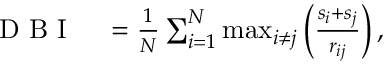
\begin{array} { r l } { \mathrm { ~ D ~ B ~ I ~ } } & { { } = \frac { 1 } { N } \sum _ { i = 1 } ^ { N } \operatorname* { m a x } _ { i \neq j } \left( \frac { s _ { i } + s _ { j } } { r _ { i j } } \right) , } \end{array}